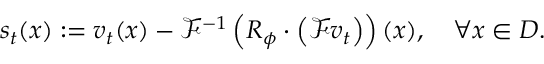
s _ { t } ( x ) : = v _ { t } ( x ) - \mathcal { F } ^ { - 1 } \left( R _ { \phi } \cdot \left( \mathcal { F } v _ { t } \right) \right) ( x ) , \quad \forall x \in D .